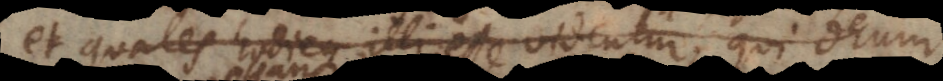
et quales illi esse videntur, qui Deum